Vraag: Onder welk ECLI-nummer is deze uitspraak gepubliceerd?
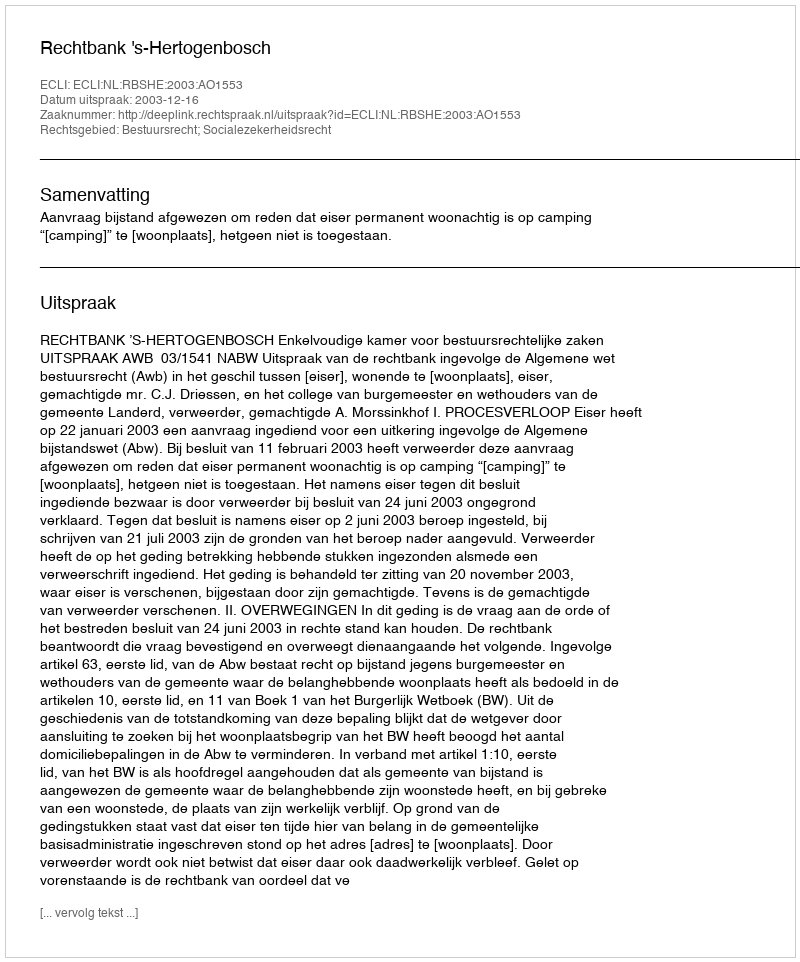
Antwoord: ECLI:NL:RBSHE:2003:AO1553